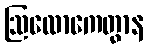
ဩလောကေတွာန